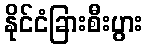
နိုင်ငံခြားစီးပွား